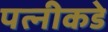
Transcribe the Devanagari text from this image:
पत्‍नीकडे